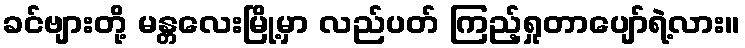
ခင်ဗျားတို့ မန္တလေးမြို့မှာ လည်ပတ် ကြည့်ရှုတာပျော်ရဲ့လား။